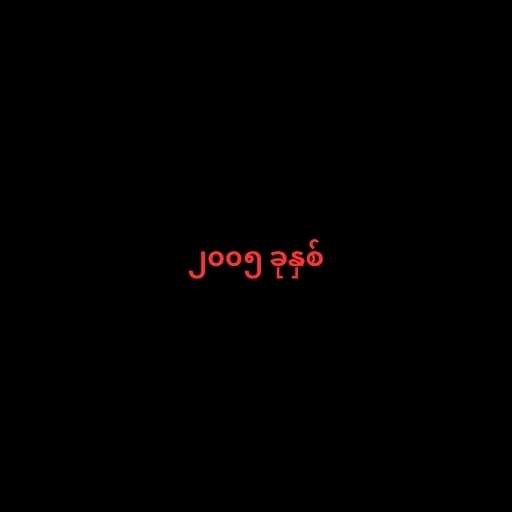
၂၀၀၅ ခုနှစ်